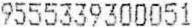
9555339300051